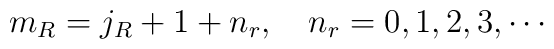
m_{R}=j_{R}+1+n_{r},\quad n_{r}=0,1,2,3,\cdots